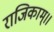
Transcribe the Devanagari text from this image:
राजिकाम्।।